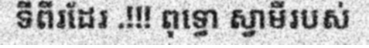
ទីពីរដែរ .!!! ពុទ្ធោ ស្វាមីរបស់